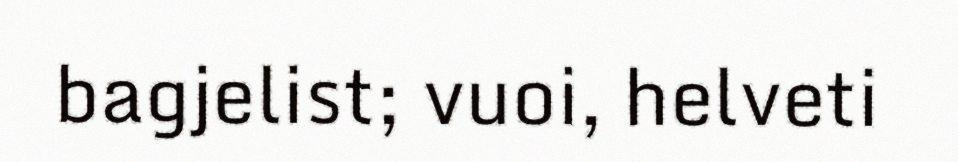
bagjelist; vuoi, helveti